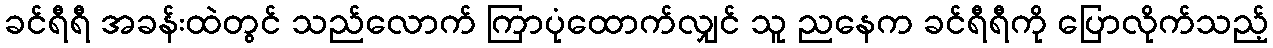
ခင်ရီရီ အခန်းထဲတွင် သည်လောက် ကြာပုံထောက်လျှင် သူ ညနေက ခင်ရီရီကို ပြောလိုက်သည့်